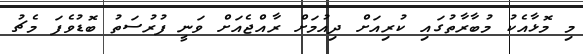
މި މޮޅާއެކު މުބާރާތުގައި ކުރިއަށް ދިއުމަށް ރާއްޖެއަށް ވަނީ ފުރުސަތު ބޮޑުވެފަ މެޗު